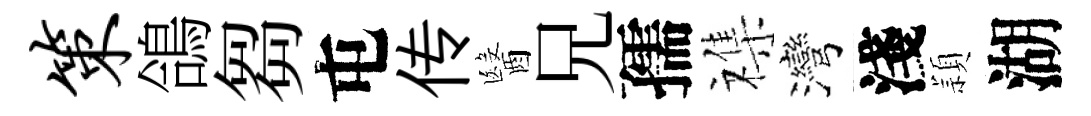
策鴿芻屯传醫兄孺襍灣淺頴湖